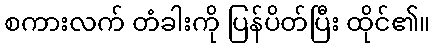
စကားလက် တံခါးကို ပြန်ပိတ်ပြီး ထိုင်၏။